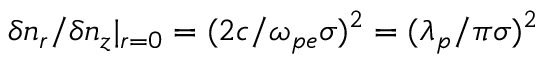
\delta n _ { r } / \delta n _ { z } | _ { r = 0 } = ( 2 c / \omega _ { p e } \sigma ) ^ { 2 } = ( \lambda _ { p } / \pi \sigma ) ^ { 2 }